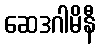
ဆေဒဂါမိနီ